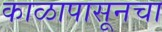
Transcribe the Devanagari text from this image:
काळापासूनचा